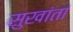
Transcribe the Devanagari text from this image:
सुखांतां